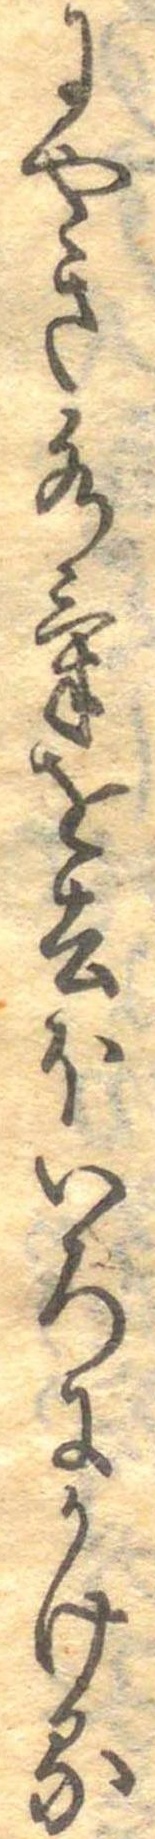
にやき水気を去ほいろにかける